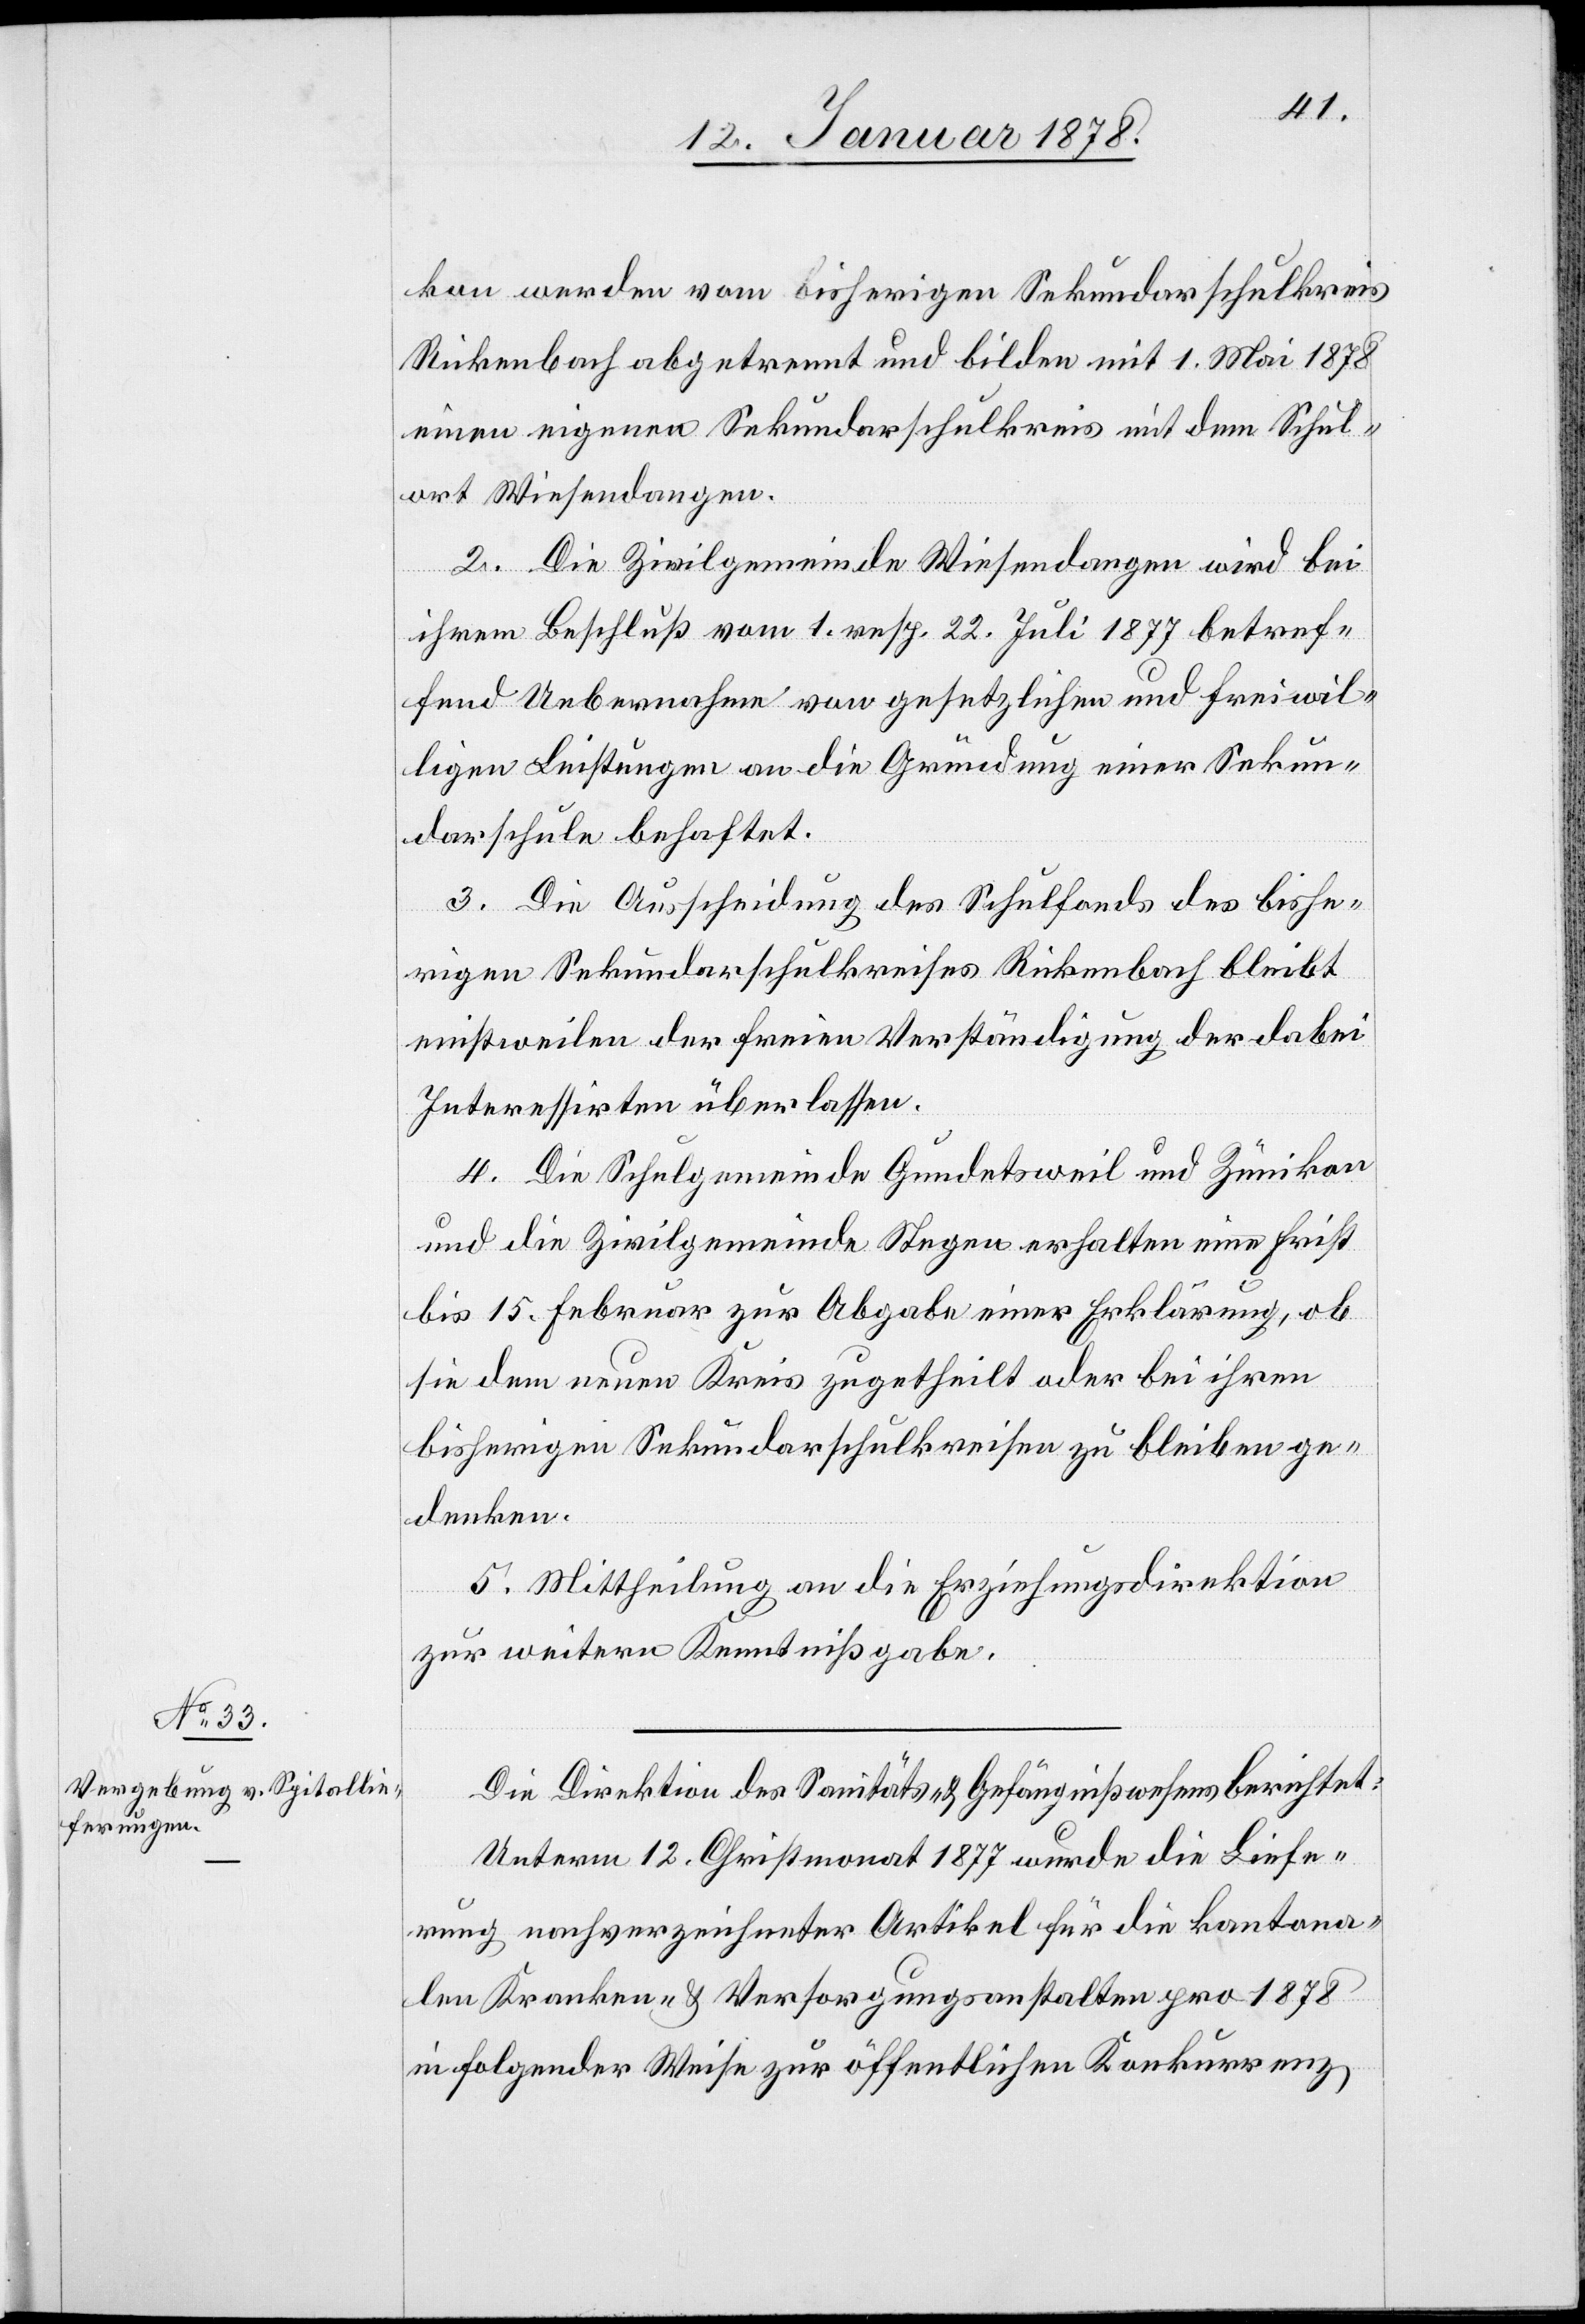
kon werden vom bisherigen Sekundarschulkreis
Rickenbach abgetrennt und bilden mit 1. Mai 1878
einen eigenen Sekundarschulkreis mit dem Schul¬
ort Wiesendangen.
2. Die Zivilgemeinde Wiesendangen wird bei
ihrem Beschluß vom 1. resp. 22. Juli 1877 betref¬
fend Uebernahme von gesetzlichen und freiwil¬
ligen Leistungen an die Gründung einer Sekun¬
darschule behaftet.
3. Die Ausscheidung des Schulfonds des bishe¬
rigen Sekundarschulkreises Rickenbach bleibt
einstweilen der freien Verständigung der dabei
Interessirten überlassen.
4. Die Schulgemeinden Gundetsweil und Zumikon
und die Zivilgemeinde Stegen erhalten eine Frist
bis 15. Februar zur Abgabe einer Erklärung, ob
sie dem neuen Kreis zugetheilt oder bei ihren
bisherigen Sekundarschulkreisen zu bleiben ge¬
denken.
5. Mittheilung an die Erziehungsdirektion
zur weitern Kenntnißgabe.
Die Direktion des Sanitäts- & Gefängnißwesens berichtet:
Unterm 12. Christmonat 1877 wurde die Liefe¬
rung nachverzeichneter Artikel für die kantona¬
len Kranken- & Versorgungsanstalten pro 1878
in folgender Weise zur öffentlichen Konkurrenz